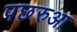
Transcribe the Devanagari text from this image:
पछरुआ